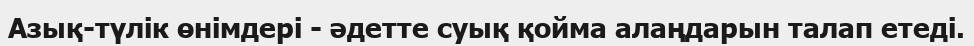
Азық-түлік өнімдері - әдетте суық қойма алаңдарын талап етеді.